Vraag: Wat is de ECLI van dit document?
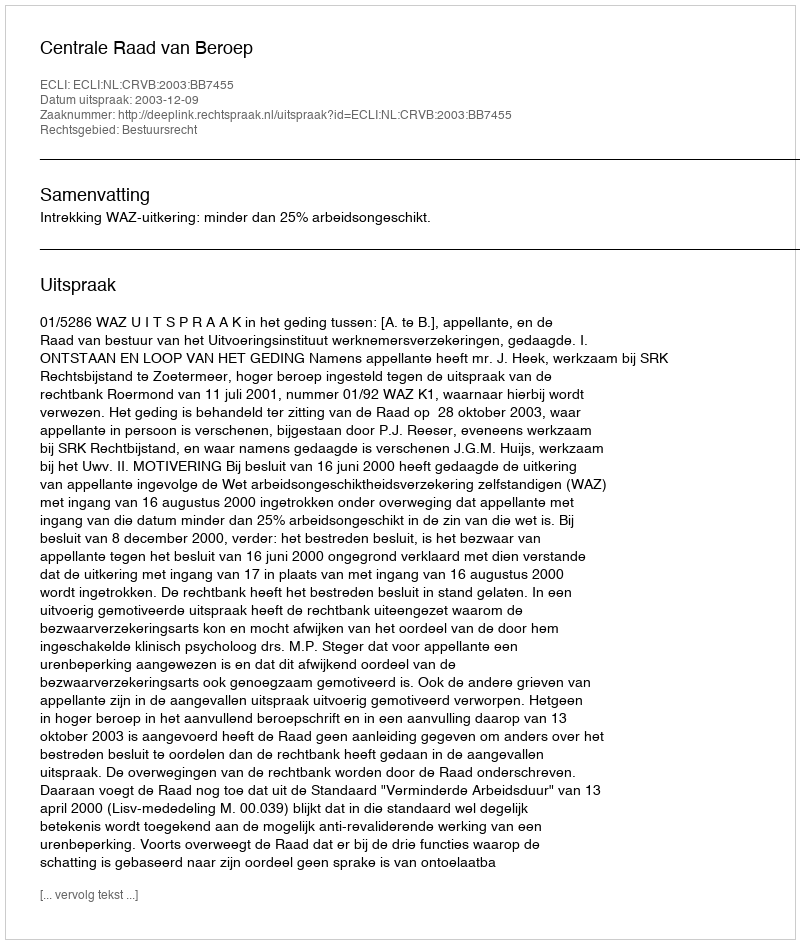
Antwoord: ECLI:NL:CRVB:2003:BB7455